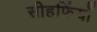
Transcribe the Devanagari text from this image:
सीहफिंयाँ